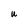
Character: U